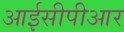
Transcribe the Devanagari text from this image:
आईसीपीआर